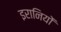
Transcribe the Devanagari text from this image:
इरानियों